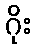
ဂိုး